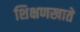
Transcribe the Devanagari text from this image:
शिक्षणखाते